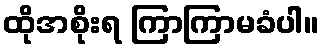
ထိုအစိုးရ ကြာကြာမခံပါ။